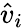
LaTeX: {\hat{v}}_{i}